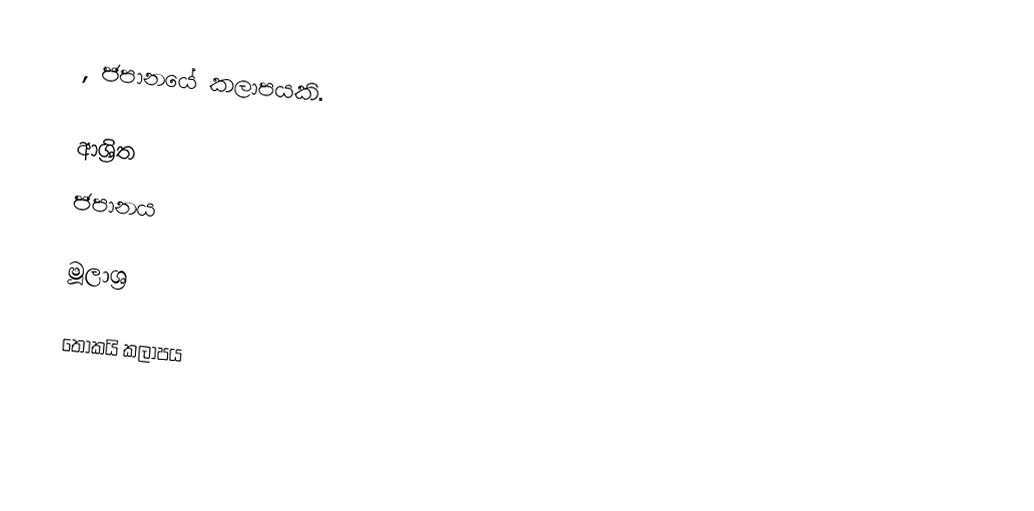
, ජපානයේ කලාපයකි.

ආශ්‍රිත
 ජපානය

මූලාශ්‍ර

තෝකයි කලාපය